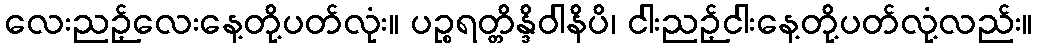
လေးညဉ့်လေးနေ့တို့ပတ်လုံး။ ပဉ္စရတ္တိန္ဒိဝါနိပိ၊ ငါးညဉ့်ငါးနေ့တို့ပတ်လုံ့လည်း။